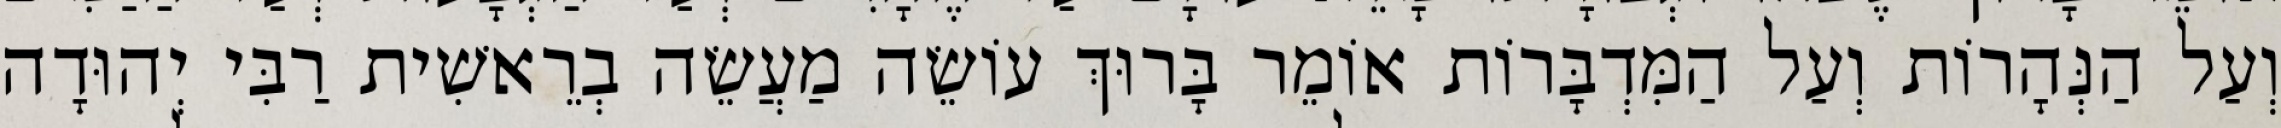
וְעַל הַנְּהָרוֹת וְעַל הַמִּדְבָּרוֹת אוֹמֵר בָּרוּךְ עוֹשֵׂה מַעֲשֵׂה בְרֵאשִׁית רַבִּי יְהוּדָה